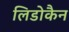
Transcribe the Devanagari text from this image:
लिडोकैन